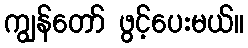
ကျွန်တော် ဖွင့်ပေးမယ်။